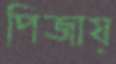
পিজায়